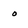
Character: o